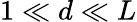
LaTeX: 1\ll d\ll L